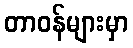
တာဝန်များမှာ